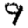
Digit: 9